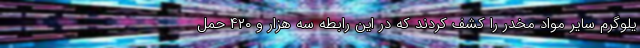
یلوگرم سایر مواد مخدر را کشف کردند که در این رابطه سه هزار و ۴۲۰ حمل